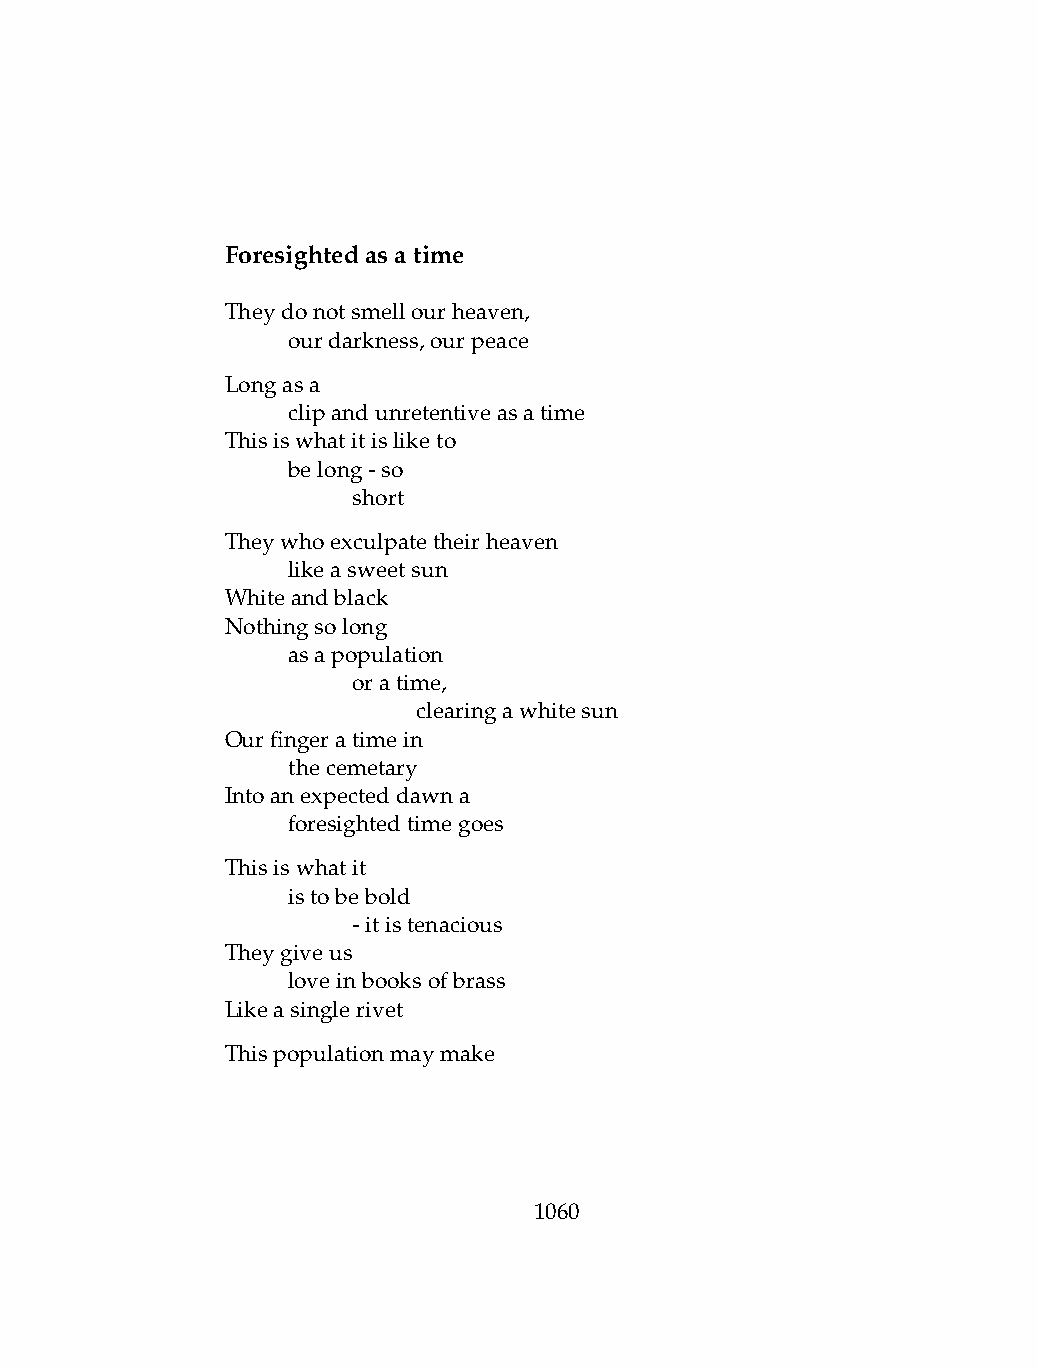
Foresightedasatime
 Theydonotsmellourheaven,
 .   ourdarkness,ourpeace
 Longasa
 .   clipandunretentiveasatime
 Thisiswhatitisliketo
 .   belong-so
 .   .   short
 Theywhoexculpatetheirheaven
 .   likeasweetsun
 Whiteandblack
 Nothingsolong
 .   asapopulation
 .   .   oratime,
 .   .   .    clearingawhitesun
 Ourfingeratimein
 .   thecemetary
 Intoanexpecteddawna
 .   foresightedtimegoes
 Thisiswhatit
 .   istobebold
 .   .   -itistenacious
 Theygiveus
 .   loveinbooksofbrass
 Likeasinglerivet
 Thispopulationmaymake
 1060